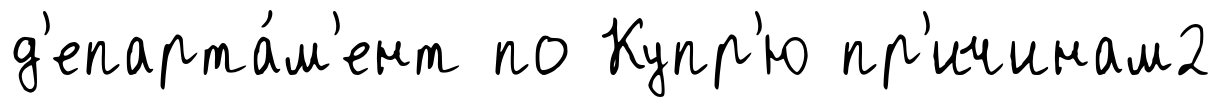
д'епарта́м'ент по Купр'ю пр'ичинам2